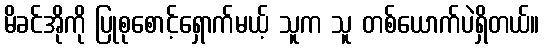
မိခင်အိုကို ပြုစုစောင့်ရှောက်မယ့် သူက သူ တစ်ယောက်ပဲရှိတယ်။